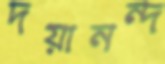
দয়ানন্দ